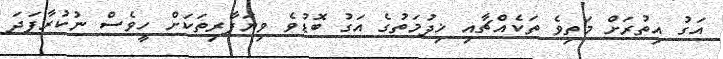
އަގު އިތުރަށް މަތިވެ ތަކެއްޗާއި ޚިދުމަތުގެ އަގު ބޮޑުވެ ވިޔަފާރިތަކަށް ހީވެސް ނުކުރާފަދަ